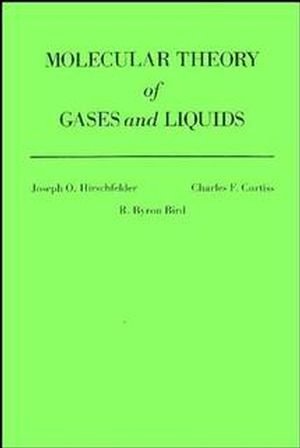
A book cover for The Molecular Theory of Gases and Liquids; Joseph O. Hirschfelder; Science & Math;